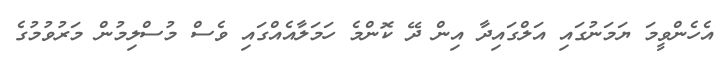
އެހެންވީމަ ޔަމަނުގައި އަލްގައިދާ އިން ދޭ ކޮންމެ ހަމަލާއެއްގައި ވެސް މުސްލިމުން މަރުވުމުގެ